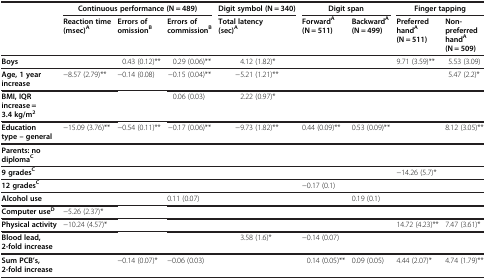
|  | <COLSPAN=3> Continuous performance (N = 489) | Digit symbol (N = 340) | <COLSPAN=2> Digit span | <COLSPAN=2> Finger tapping |
 |  | Reaction time (msec)A | Errors of omissionB | Errors of commissionB | Total latency (sec)A | ForwardA(N = 511) | BackwardA(N = 499) | Preferred handA(N = 511) | Non-preferred handA(N = 509) |
 | --- | --- | --- | --- | --- | --- | --- | --- | --- |
 | Boys |  | 0.43 (0.12)** | 0.29 (0.06)** | 4.12 (1.82)* |  |  | 9.71 (3.59)** | 5.53 (3.09) |
 | Age, 1 year increase | −8.57 (2.79)** | −0.14 (0.08) | −0.15 (0.04)** | −5.21 (1.21)** |  |  |  | 5.47 (2.2)* |
 | BMI, IQR increase = 3.4 kg/m2 |  |  | 0.06 (0.03) | 2.22 (0.97)* |  |  |  |  |
 | Education type – general | −15.09 (3.76)** | −0.54 (0.11)** | −0.17 (0.06)** | −9.73 (1.82)** | 0.44 (0.09)** | 0.53 (0.09)** |  | 8.12 (3.05)** |
 | Parents: no diplomaC |  |  |  |  |  |  |  |  |
 | 9 gradesC |  |  |  |  |  |  | −14.26 (5.7)* |  |
 | 12 gradesC |  |  |  |  | −0.17 (0.1) |  |  |  |
 | Alcohol use |  |  | 0.11 (0.07) |  |  | 0.19 (0.1) |  |  |
 | Computer useD | −5.26 (2.37)* |  |  |  |  |  |  |  |
 | Physical activity | −10.24 (4.57)* |  |  |  |  |  | 14.72 (4.23)** | 7.47 (3.61)* |
 | Blood lead, 2-fold increase |  |  |  | 3.58 (1.6)* | −0.14 (0.07) |  |  |  |
 | Sum PCB’s, 2-fold increase |  | −0.14 (0.07)* | −0.06 (0.03) |  | 0.14 (0.05)** | 0.09 (0.05) | 4.44 (2.07)* | 4.74 (1.79)** |